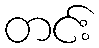
တင်း